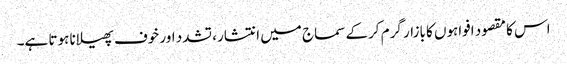
اس کا مقصود افواہوں کا بازار گرم کرکے سماج میں انتشار، تشدد اور خوف پھیلانا ہوتا ہے۔